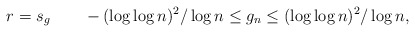
\begin{align*}r = s_g\qquad-(\log \log n)^2 / \log n \le g_n \le (\log \log n)^2 / \log n,\end{align*}